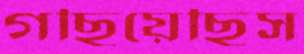
গছিয়েছিস